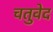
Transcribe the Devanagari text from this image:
चतुवेद